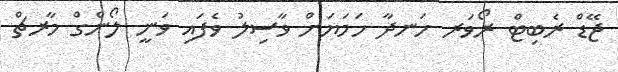
ޖޭޑް ރެބިޓް ރޯވަރ ހަނދާ ހަމަޔަށް ވާސިލު ވެފައި ވަނީ ލޯންގް މާރޗް